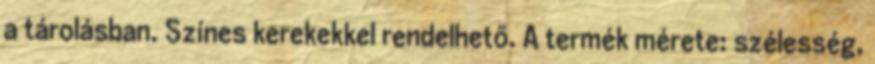
a tárolásban. Színes kerekekkel rendelhető. A termék mérete: szélesség,